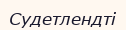
Судетлендті